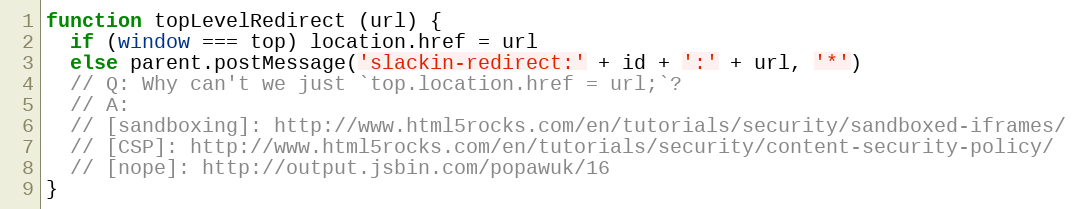
Language: JavaScript
function topLevelRedirect (url) {
  if (window === top) location.href = url
  else parent.postMessage('slackin-redirect:' + id + ':' + url, '*')
  // Q: Why can't we just `top.location.href = url;`?
  // A:
  // [sandboxing]: http://www.html5rocks.com/en/tutorials/security/sandboxed-iframes/
  // [CSP]: http://www.html5rocks.com/en/tutorials/security/content-security-policy/
  // [nope]: http://output.jsbin.com/popawuk/16
}